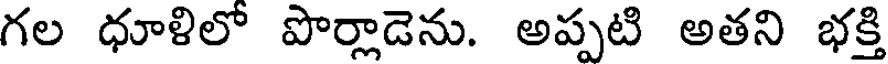
గల ధూళిలో పొర్లాడెను. అప్పటి అతని భక్తి